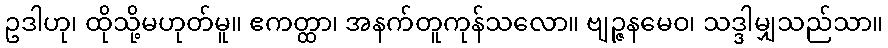
ဥဒါဟု၊ ထိုသို့မဟုတ်မူ။ ဧကတ္ထာ၊ အနက်တူကုန်သလော။ ဗျဉ္ဇနမေဝ၊ သဒ္ဒါမျှသည်သာ။